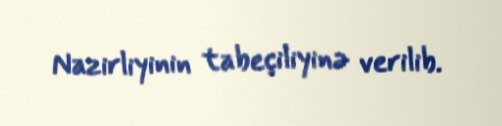
Nazirliyinin tabeçiliyinə verilib.